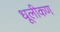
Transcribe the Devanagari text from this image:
धूलीकण